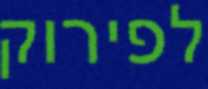
לפירוק